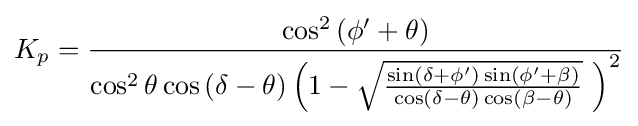
K_{p}={\frac {\cos ^{2}\left(\phi '+\theta \right)}{\cos ^{2}\theta \cos \left(\delta -\theta \right)\left(1-{\sqrt {\frac {\sin \left(\delta +\phi '\right)\sin \left(\phi '+\beta \right)}{\cos \left(\delta -\theta \right)\cos \left(\beta -\theta \right)}}}\ \right)^{2}}}